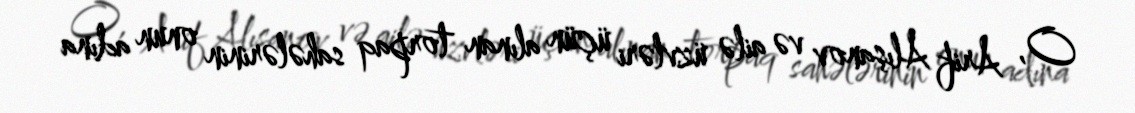
O, Arif Alışanov və ailə üzvləri üçün alınan torpaq sahələrinin onun adına